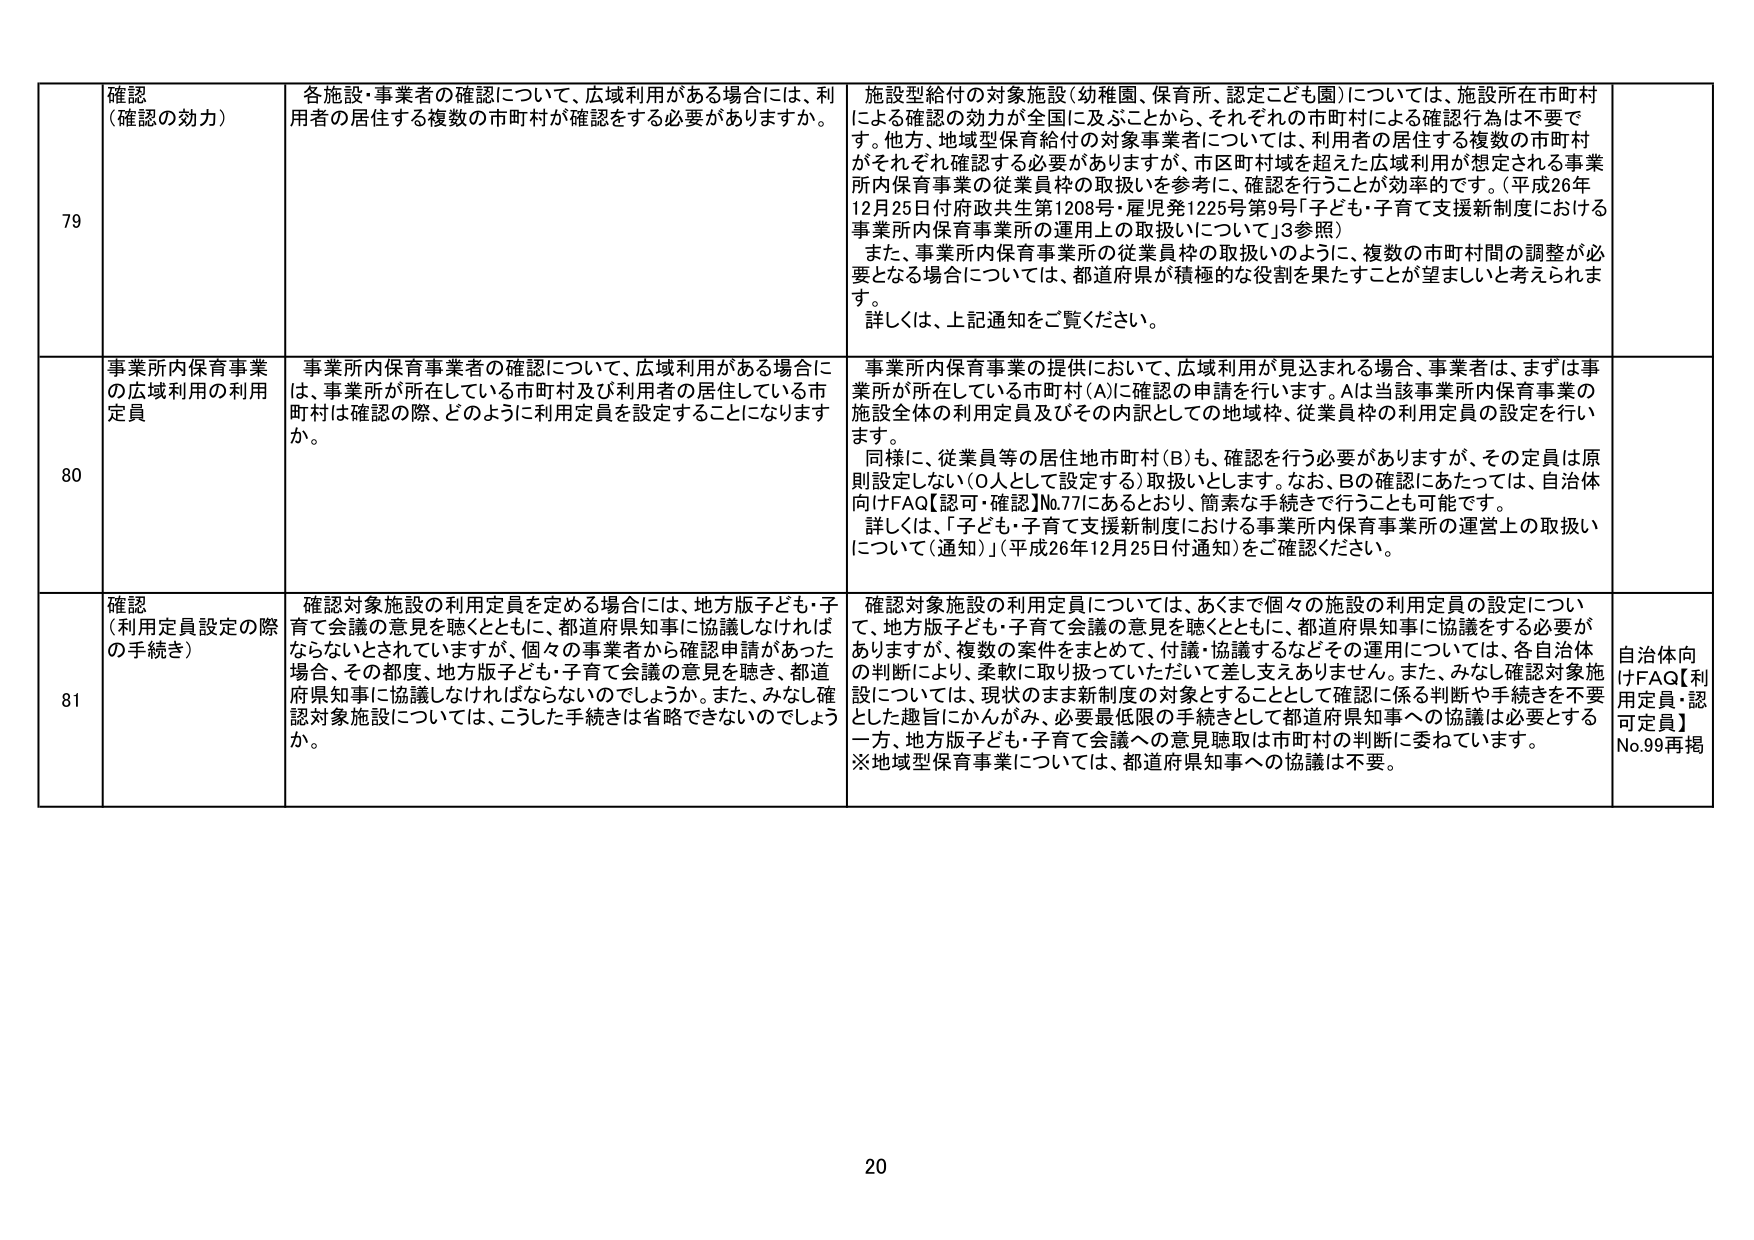
79
確認
（確認の効力）
各施設・事業者の確認について、広域利用がある場合には、利用者の居住する複数の市町村が確認をする必要がありますか。
施設型給付の対象施設（幼稚園、保育所、認定こども園）については、施設所在市町村による確認の効力が全国に及ぶことから、それぞれの市町村による確認行為は不要です。他方、地域型保育給付の対象事業者については、利用者の居住する複数の市町村がそれぞれ確認する必要がありますが、市区町村域を超えた広域利用が想定される事業所内保育事業の従業員枠の取扱いを参考に、確認を行うことが効率的です。（平成26年12月25日付府政共生第1208号・雇児発1225号第9号「子ども・子育て支援新制度における事業所内保育事業所の運用上の取扱いについて」3参照）
また、事業所内保育事業所の従業員枠の取扱いのように、複数の市町村間の調整が必要となる場合については、都道府県が積極的な役割を果たすことが望ましいと考えられます。
詳しくは、上記通知をご覧ください。

80
事業所内保育事業の広域利用の利用定員
事業所内保育事業者の確認について、広域利用がある場合には、事業所が所在している市町村及び利用者の居住している市町村は確認の際、どのように利用定員を設定することになりますか。
事業所内保育事業の提供において、広域利用が見込まれる場合、事業者は、まずは事業所が所在している市町村（A）に確認の申請を行います。Aは当該事業所内保育事業の施設全体の利用定員及びその内訳としての地域枠、従業員枠の利用定員の設定を行います。
同様に、従業員等の居住地市町村（B）も、確認を行う必要がありますが、その定員は原則設定しない（0人として設定する）取扱いとします。なお、Bの確認にあたっては、自治体向けFAQ【認可・確認】No.77にあるとおり、簡素な手続きで行うことも可能です。
詳しくは、「子ども・子育て支援新制度における事業所内保育事業所の運営上の取扱いについて（通知）」（平成26年12月25日付通知）をご確認ください。

81
確認
（利用定員設定の際の手続き）
確認対象施設の利用定員を定める場合には、地方版子ども・子育て会議の意見を聴くとともに、都道府県知事に協議しなければならないとされていますが、個々の事業者から確認申請があった場合、その都度、地方版子ども・子育て会議の意見を聴き、都道府県知事に協議しなければならないのでしょうか。また、みなし確認対象施設については、こうした手続きは省略できないのでしょうか。
確認対象施設の利用定員については、あくまで個々の施設の利用定員の設定について、地方版子ども・子育て会議の意見を聴くとともに、都道府県知事に協議をする必要がありますが、複数の案件をまとめて、付議・協議するなどその運用については、各自治体の判断により、柔軟に取り扱っていただいて差し支えありません。また、みなし確認対象施設については、現状のまま新制度の対象とすることとして確認に係る判断や手続きを不要とした趣旨にかんがみ、必要最低限の手続きとして都道府県知事への協議は必要とする一方、地方版子ども・子育て会議への意見聴取は市町村の判断に委ねています。
※地域型保育事業については、都道府県知事への協議は不要。
自治体向けFAQ【利用定員・認可定員】No.99再掲

20